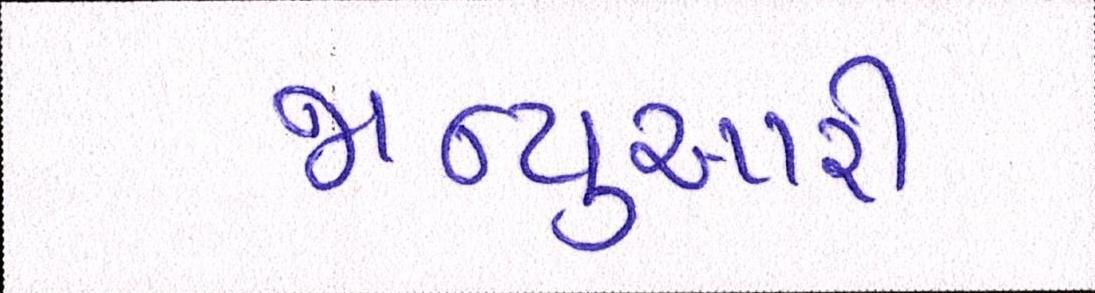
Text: જાન્યુઆરી